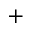
+